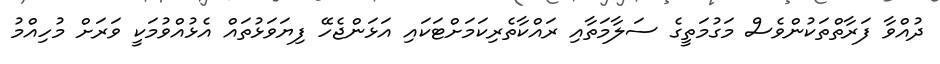
ދުއްވާ ފަރާތްތަކުންވެސް މަގުމަތީގެ ސަލާމަތާއި ރައްކާތެރިކަމަށްޓަކައި އަޅަންޖެހޭ ފިޔަވަޅުތައް އެޅުއްވުމަކީ ވަރަށް މުހިއްމު